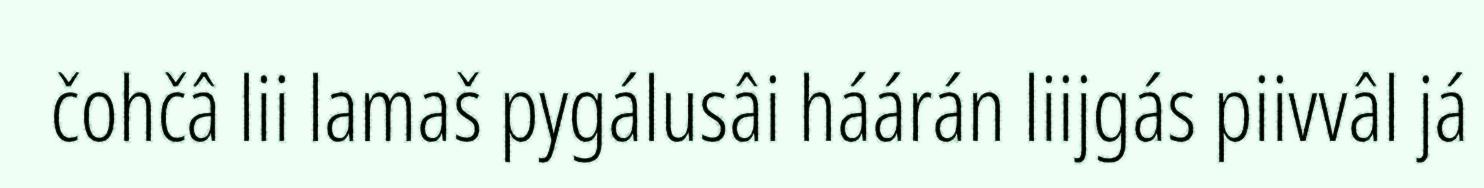
čohčâ lii lamaš pygálusâi háárán liijgás piivvâl já